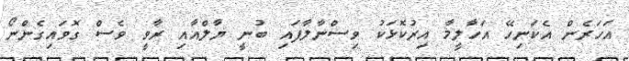
އަހަރެން އެކަނިހޭ އަހާލީމާ އިރުކޮޅަކު ވިސްނާލާފައި ބުނީ ޔާލްއާއި ރާވީ ވެސް ގޮވައިގެންނޯ